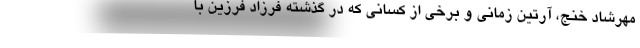
مهرشاد خنج، آرتین زمانی و برخی از کسانی که در گذشته فرزاد فرزین با